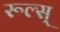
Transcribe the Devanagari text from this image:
रूल्स्